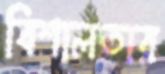
বিশালতার